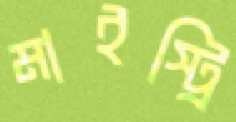
মাইস্ট্রি